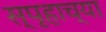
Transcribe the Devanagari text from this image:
स्पृहाच्या